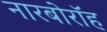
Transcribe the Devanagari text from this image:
नारबोरॉह